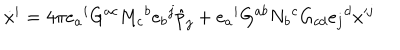
\dot { x } ^ { i } = 4 \pi e _ { a } { } ^ { i } G ^ { a c } M _ { c } { } ^ { b } e _ { b } { } ^ { j } \hat { p } _ { j } + e _ { a } { } ^ { i } G ^ { a b } N _ { b } { } ^ { c } G _ { c d } e _ { j } { } ^ { d } x ^ { j }